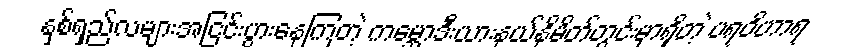
နှစ်ရှည်လများအငြင်းပွားနေကြတဲ့ ကမ္ဘောဒီးယားနယ်နိမိတ်တွင်းမှာရှိတဲ့ ပရဝိဟာရ